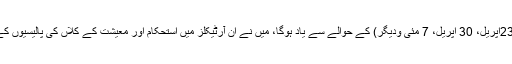
قارئین کو میرے آرٹیکلز کا سلسلہ (23اپریل، 30 اپریل، 7 مئی ودیگر) کے حوالے سے یاد ہوگا، میں نے ان آرٹیکلز میں استحکام اور معیشت کے کلاں کی پالیسیوں کے تعمیری کرداروں پر بات کی تھی۔